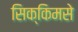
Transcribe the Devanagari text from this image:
सिक्किमसे